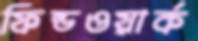
ফিল্ডওয়ার্ক